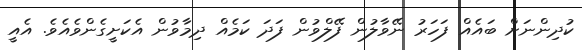
ކުދިންނަށް ބައެއް ފަހަރު ނޭވާލުން ފޭލްވުން ފަދަ ކަމެއް ދިމާވުން އެކަށީގެންވެއެވެ. އެއީ